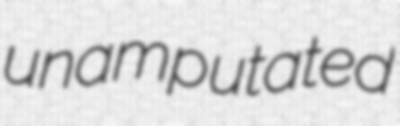
unamputated